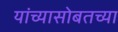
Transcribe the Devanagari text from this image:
यांच्यासोबतच्या